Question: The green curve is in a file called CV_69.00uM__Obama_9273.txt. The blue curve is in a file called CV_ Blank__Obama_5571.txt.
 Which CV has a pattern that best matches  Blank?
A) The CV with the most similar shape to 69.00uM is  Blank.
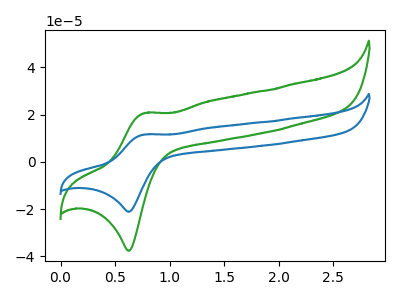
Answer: <think>The green curve "69.00uM" has an anodic peak at (0.75V, 20.65uA) and a cathodic peak at (0.65V, -37.60uA). The blue curve " Blank" has an anodic peak at (0.75V, 11.60uA) and a cathodic peak at (0.65V, -21.05uA).
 All the peaks in "69.00uM" have a peak in " Blank" at the same potential. Every peak in "69.00uM" is higher than every peak in " Blank".</think>
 <answer>A) The CV with the most similar shape to "69.00uM" is " Blank".</answer>
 <eval>A</eval>